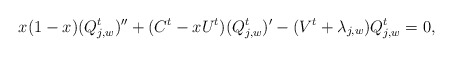
\begin{align*}x(1-x)(Q^t_{j,w})''+(C^t-xU^t)(Q^t_{j,w})'-(V^t+\lambda_{j,w})Q^t_{j,w}=0,\end{align*}